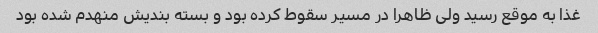
غذا به موقع رسید ولی ظاهرا در مسیر سقوط کرده بود و بسته بندیش منهدم شده بود